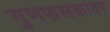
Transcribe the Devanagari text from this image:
गुणफलकावर